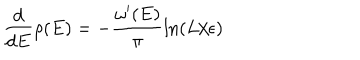
{ \frac { d } { d E } } \rho ( E ) = - { \frac { \omega ^ { \prime } ( E ) } { \pi } } \mathrm { l n } ( L / \epsilon )